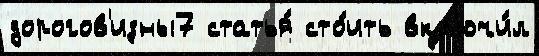
дорогов'изны7 статья́ сто́ить вкл'ючи́л